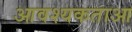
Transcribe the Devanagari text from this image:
आवश्यकताआ